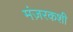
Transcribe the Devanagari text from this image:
मंज़रकशी